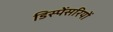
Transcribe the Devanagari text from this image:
डिस्पेंसरियों